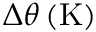
\Delta \theta \left( \mathrm K \right)